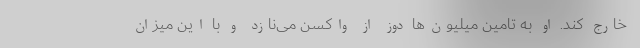
خارج کند. او به تامین میلیون‌ها دوز از واکسن می‌نازد و با این میزان